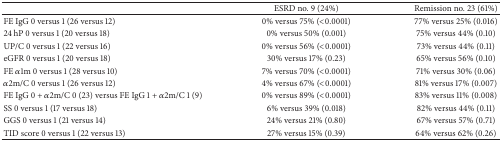
<table><thead><tr><td><b> </b></td><td><b>ESRD no. 9 (24%)</b></td><td><b>Remission no. 23 (61%)</b></td></tr></thead><tbody><tr><td>FE IgG 0 versus 1 (26 versus 12)</td><td>0% versus 75% (&lt;0.0001)</td><td>77% versus 25% (0.016)</td></tr><tr><td>24 hP 0 versus 1 (20 versus 18)</td><td>0% versus 50% (0.001)</td><td>75% versus 44% (0.10)</td></tr><tr><td>UP/C 0 versus 1 (22 versus 16)</td><td>0% versus 56% (&lt;0.0001)</td><td>73% versus 44% (0.11)</td></tr><tr><td>eGFR 0 versus 1 (20 versus 18) </td><td>30% versus 17% (0.23)</td><td>65% versus 56% (0.10)</td></tr><tr><td>FE <i>α</i>1m 0 versus 1 (28 versus 10)</td><td>7% versus 70% (&lt;0.0001)</td><td> 71% versus 30% (0.06)</td></tr><tr><td><i>α</i>2m/C 0 versus 1 (26 versus 12) </td><td>4% versus 67% (&lt;0.0001)</td><td>81% versus 17% (0.007)</td></tr><tr><td>FE IgG 0 + <i>α</i>2m/C 0 (23) versus FE IgG 1 + <i>α</i>2m/C 1 (9)</td><td>0% versus 89% (&lt;0.0001)</td><td>83% versus 11% (0.008) </td></tr><tr><td>SS 0 versus 1 (17 versus 18)</td><td>6% versus 39% (0.018)</td><td>82% versus 44% (0.11)</td></tr><tr><td>GGS 0 versus 1 (21 versus 14)</td><td>24% versus 21% (0.80)</td><td>67% versus 57% (0.71)</td></tr><tr><td>TID score 0 versus 1 (22 versus 13)</td><td>27% versus 15% (0.39)</td><td>64% versus 62% (0.26)</td></tr></tbody></table>